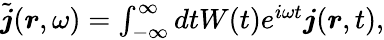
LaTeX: \begin{array}{r}{\tilde{\boldsymbol j}(\boldsymbol r,\omega)=\int_{-\infty}^{\infty}dtW(t)e^{i\omega t}\boldsymbol j(\boldsymbol r,t),}\end{array}